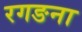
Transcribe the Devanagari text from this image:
रगङना